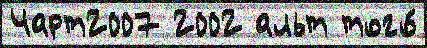
Чарт2007 2002 альт того́